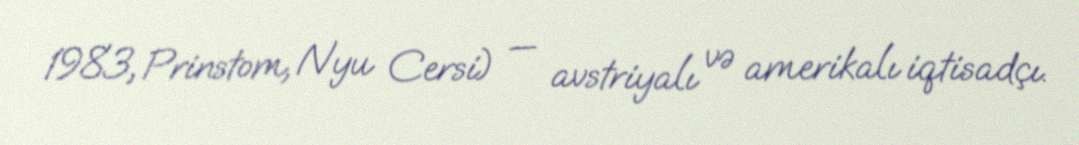
1983, Prinstom, Nyu Cersi) — avstriyalı və amerikalı iqtisadçı.